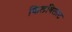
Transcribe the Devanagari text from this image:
किलबिलाट